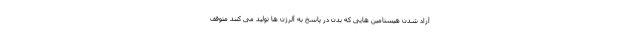
آزاد شدن هیستامین هایی که بدن در پاسخ به آلرژن ها تولید می کنند متوقف